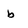
Character: b